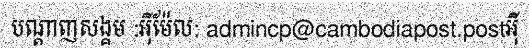
បណ្តាញសង្គម :អ៊ីម៉ែល: admincp@cambodiapost.postអ៊ី